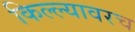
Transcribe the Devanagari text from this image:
किल्ल्यावरच